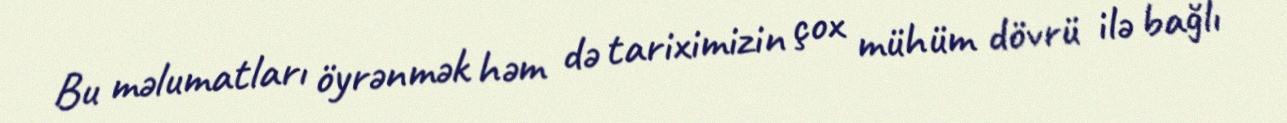
Bu məlumatları öyrənmək həm də tariximizin çox mühüm dövrü ilə bağlı